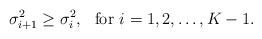
\begin{align*}\sigma_{i+1}^2\geq \sigma_i^2, \ \ \mathrm{for} \ i=1,2,\ldots, K-1.\end{align*}